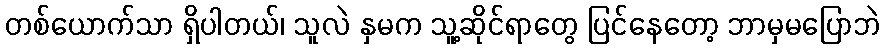
တစ်ယောက်သာ ရှိပါတယ်၊ သူလဲ နှမက သူ့ဆိုင်ရာတွေ ပြင်နေတော့ ဘာမှမပြောဘဲ